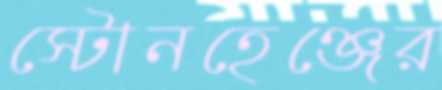
স্টোনহেঞ্জের